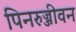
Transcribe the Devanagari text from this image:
पिनरुज्जीवन